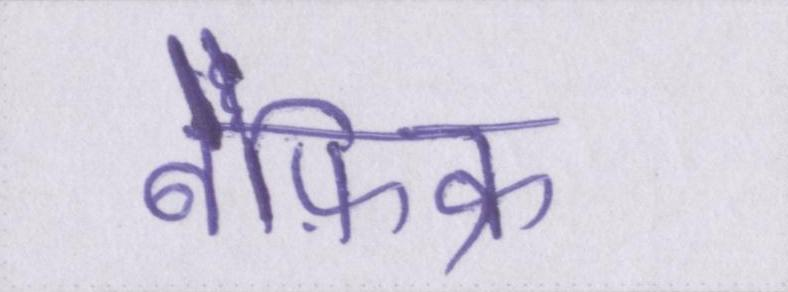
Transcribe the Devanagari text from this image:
बेफ़िक्र